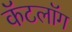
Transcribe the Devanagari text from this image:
कॅटलॉग